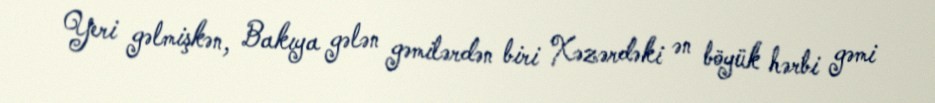
Yeri gəlmişkən, Bakıya gələn gəmilərdən biri Xəzərdəki ən böyük hərbi gəmi